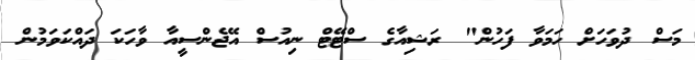
މަސް ދުވަހަށް ހަމަވާ ފަހުން" ރަޝިއާގެ ސްޓޭޓް ނިއުސް އޭޖެންސީއާ ވާހަކަ ދައްކަވަމުން